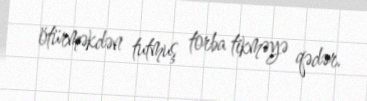
ötürməkdən tutmuş torba tikməyə qədər.